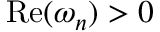
\mathrm { R e } ( \omega _ { n } ) > 0